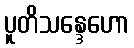
ပူတိသန္ဒေဟော